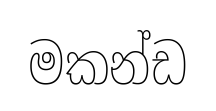
මකන්ඩ